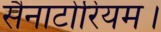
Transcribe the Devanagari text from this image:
सैनाटोरियम।